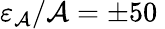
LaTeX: \varepsilon_{\mathcal{A}}/\mathcal{A}=\pm 50\